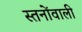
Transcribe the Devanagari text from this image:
स्तनोंवाली